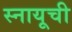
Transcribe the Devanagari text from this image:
स्नायूची